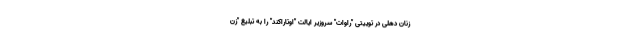
زنان دهلی در توییتی "راوات" سروزیر ایالت "اوتاراکند" را به تبلیغ "زن